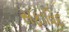
સફાવિદ